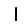
Digit: 1